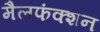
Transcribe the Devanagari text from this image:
मैलफंक्शन